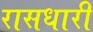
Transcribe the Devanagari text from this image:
रासधारी